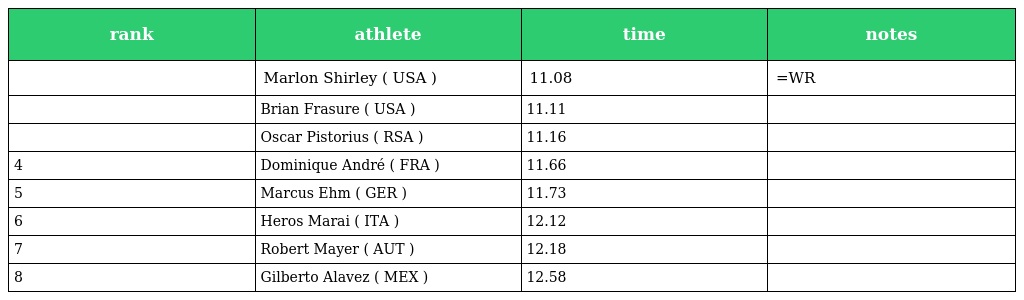
| rank | athlete | time | notes |
 | --- | --- | --- | --- |
 |  | Marlon Shirley ( USA ) | 11.08 | =WR |
 |  | Brian Frasure ( USA ) | 11.11 |  |
 |  | Oscar Pistorius ( RSA ) | 11.16 |  |
 | 4 | Dominique André ( FRA ) | 11.66 |  |
 | 5 | Marcus Ehm ( GER ) | 11.73 |  |
 | 6 | Heros Marai ( ITA ) | 12.12 |  |
 | 7 | Robert Mayer ( AUT ) | 12.18 |  |
 | 8 | Gilberto Alavez ( MEX ) | 12.58 |  |